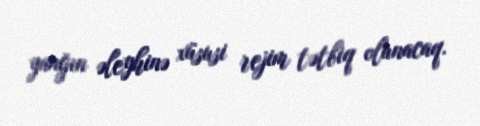
yanğın əleyhinə xüsusi rejim tətbiq olunacaq.